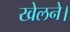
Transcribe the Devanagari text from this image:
खेलने।